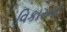
વિકારનો